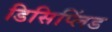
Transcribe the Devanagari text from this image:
डिसिप्लिंड